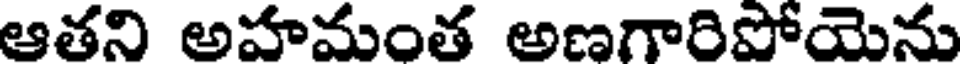
ఆతని అహమంత అణగారిపోయెను